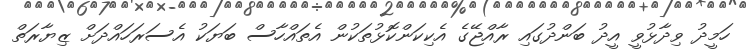
ހަމީދު ވިދާޅުވީ އީދު ބަންދުގައި ރާއްޖޭގެ އެކިކަންކޮޅުތަކުން އެތައްހާސް ބަޔަކު އެސަރަހައްދަށް ޒިޔާރަތް